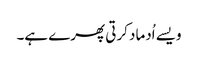
ویسے اُدماد کرتی پھرے ہے۔